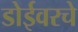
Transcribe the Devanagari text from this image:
डोईवरचे